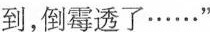
到，倒霉透了……”